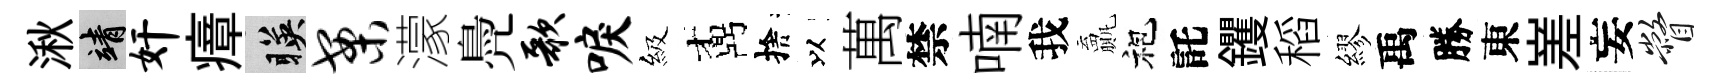
湫靖奸瘴暎案濛鳧歌唳級鼒捨以萬禁喃我贏袍託钁稻繆禹勝東嵳妄瞥